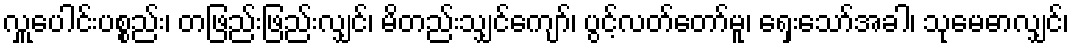
လှူပေါင်းပစ္စည်း၊ တဖြည်းဖြည်းလျှင်၊ မိတည်းသျှင်ကျော်၊ ပွင့်လတ်တော်မူ၊ ရှေးသော်အခါ၊ သုမေဓာလျှင်၊